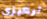
تركيزي